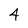
Character: 4